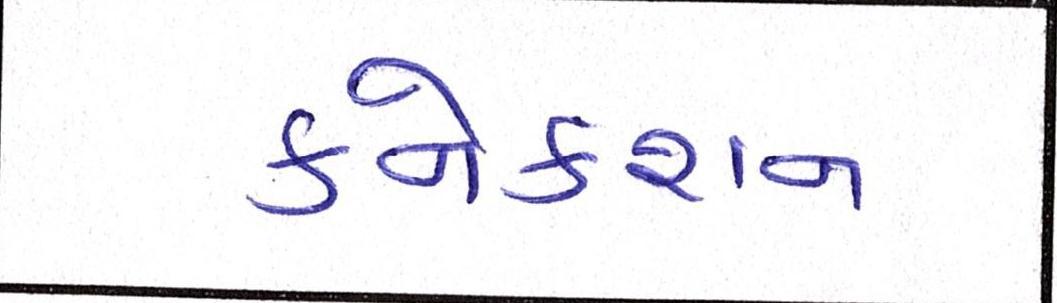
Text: કનેકશન